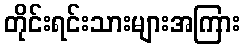
တိုင်းရင်းသားများအကြား